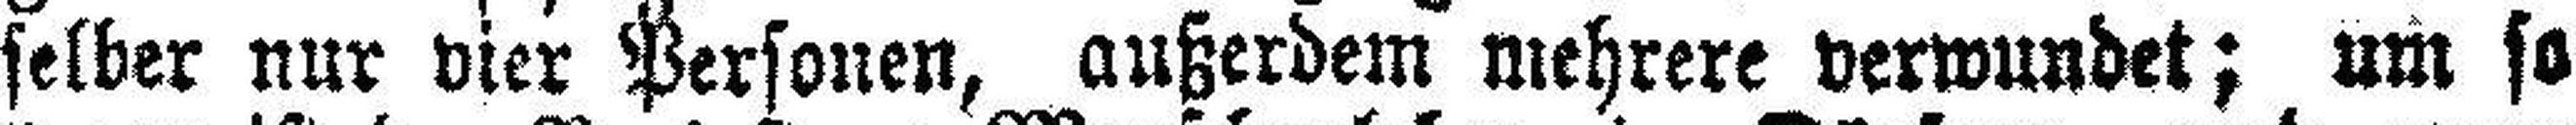
selber nur vier Personen, außerdem mehrere verwundet; um so